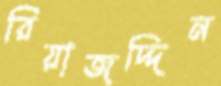
রিয়াজদ্দিন